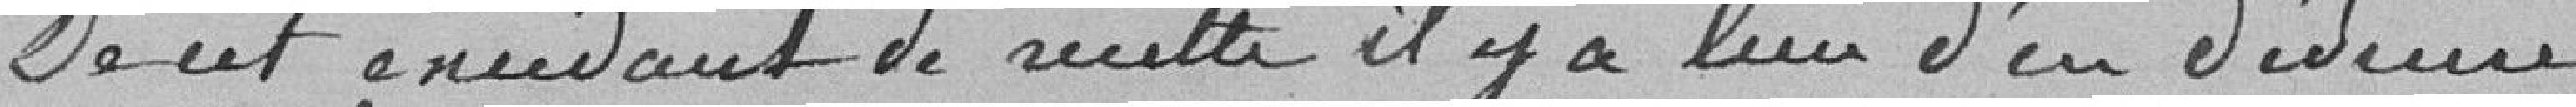
De cet excédant de recette il y a lieu d'en déduire